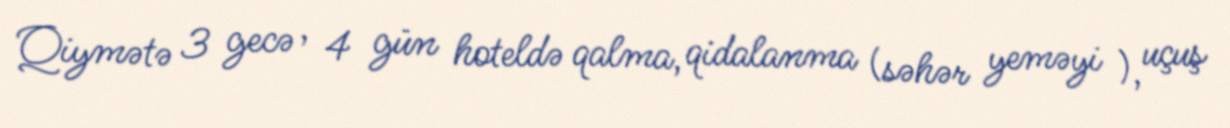
Qiymətə 3 gecə , 4 gün hoteldə qalma, qidalanma (səhər yeməyi ), uçuş